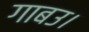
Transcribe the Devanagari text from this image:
गाबउ।